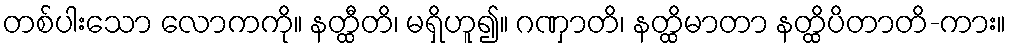
တစ်ပါးသော လောကကို။ နတ္ထီတိ၊ မရှိဟူ၍။ ဂဏှာတိ၊ နတ္ထိမာတာ နတ္ထိပိတာတိ-ကား။